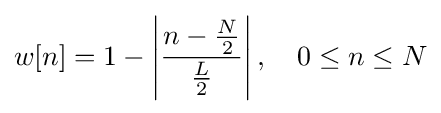
w[n]=1-\left|{\frac {n-{\frac {N}{2}}}{\frac {L}{2}}}\right|,\quad 0\leq n\leq N